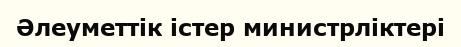
Әлеуметтік істер министрліктері